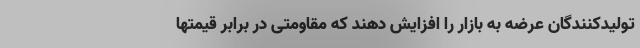
تولیدکنندگان عرضه به بازار را افزایش دهند که مقاومتی در برابر قیمتها